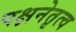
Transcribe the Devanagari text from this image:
पक्षनेतृत्व